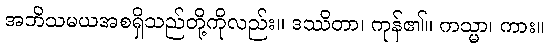
အဘိသမယအစရှိသည်တို့ကိုလည်း။ ဒဿိတာ၊ ကုန်၏။ ကသ္မာ၊ ကား။